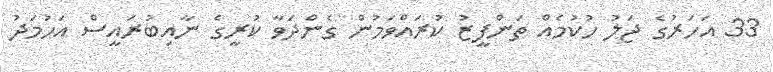
33 އަހަރުގެ ޖަލު ހުކުމެއް ތަންފީޒު ކުރައްވަމުން ގެންދަވާ ކުރީގެ ނާއިބުރައީސް އަހުމަދު